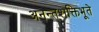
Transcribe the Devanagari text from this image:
अनन्तशक्तिभूते